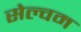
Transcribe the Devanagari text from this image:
सेल्वम